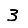
Digit: 3